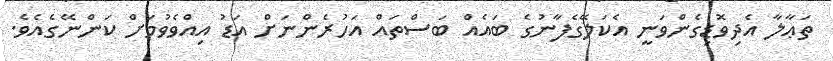
ތަޢާލާ އެދިވޮޑިގެންވަނީ އެކަލޭގެފާނުގެ ބައެއް ބަސްތައް އަހުރެންނަށް އަޑު އިއްވެވުމަށް ކަންނޭގެއެވެ.